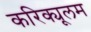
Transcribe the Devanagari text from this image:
करिक्यूलम